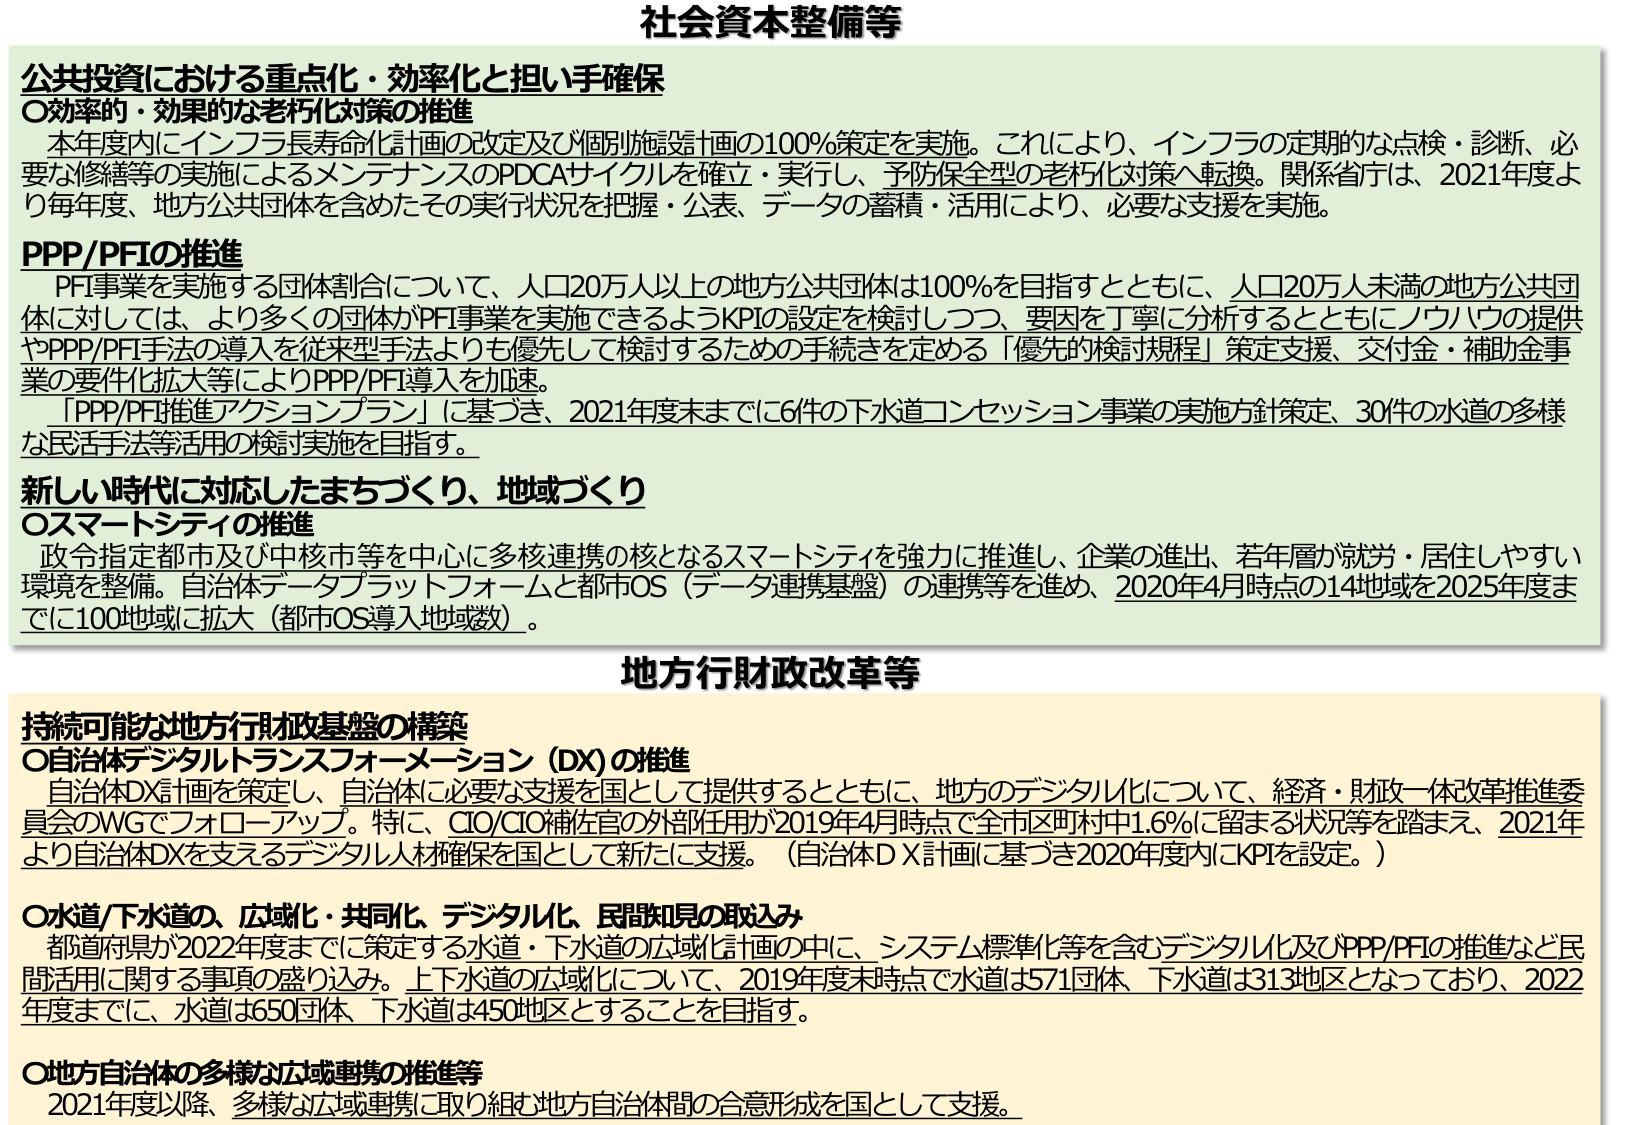
社会資本整備等

公共投資における重点化・効率化と担い手確保
〇効率的・効果的な老朽化対策の推進
　本年度内にインフラ長寿命化計画の改定及び個別施設計画の100％策定を実施。これにより、インフラの定期的な点検・診断、必要な修繕等の実施によるメンテナンスのPDCAサイクルを確立・実行し、予防保全型の老朽化対策へ転換。関係省庁は、2021年度より毎年度、地方公共団体を含めたその実行状況を把握・公表、データの蓄積・活用により、必要な支援を実施。

PPP/PFIの推進
　PFI事業を実施する団体割合について、人口20万人以上的地方公共団体は100％を目指すとともに、人口20万人未満の地方公共団体に対しては、より多くの団体がPFI事業を実施できるようKPIの設定を検討しつつ、要因を丁寧に分析するとともにノウハウの提供やPPP/PFI手法の導入を従来型手法よりも優先して検討するための手続きを定める「優先的検討規程」策定支援、交付金・補助金事業の要件化拡大等によりPPP/PFI導入を加速。
　「PPP/PFI推進アクションプラン」に基づき、2021年度末までに6件の下水道コンセッション事業の実施方針策定、30件の水道の多様な民活手法等活用の検討実施を目指す。

新しい時代に対応したまちづくり、地域づくり
〇スマートシティの推進
　政令指定都市及び中核市等を中心に多核連携の核となるスマートシティを強力に推進し、企業の進出、若年層が就労・居住しやすい環境を整備。自治体データプラットフォームと都市OS（データ連携基盤）の連携等を進め、2020年4月時点の14地域を2025年度までに100地域に拡大（都市OS導入地域数）。

地方行財政改革等

持続可能な地方行財政基盤の構築
〇自治体デジタルトランスフォーメーション（DX）の推進
　自治体DX計画を策定し、自治体に必要な支援を国として提供するとともに、地方のデジタル化について、経済・財政一体改革推進委員会のWGでフォローアップ。特に、CIO/CIO補佐官の外部任用が2019年4月時点で全市区町村中1.6％に留まる状況等を踏まえ、2021年より自治体DXを支えるデジタル人材確保を国として新たに支援。（自治体DX計画に基づき2020年度内にKPIを設定。）

〇水道/下水道の、広域化・共同化、デジタル化、民間知見の取込み
　都道府県が2022年度までに策定する水道・下水道の広域化計画の中に、システム標準化等を含むデジタル化及びPPP/PFIの推進など民間活用に関する事項の盛り込み。上下水道の広域化について、2019年度末時点で水道は571団体、下水道は313地区となっており、2022年度までに、水道は650団体、下水道は450地区とすることを目指す。

〇地方自治体の多様な広域連携の推進等
　2021年度以降、多様な広域連携に取り組む地方自治体間の合意形成を国として支援。